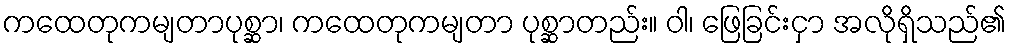
ကထေတုကမျတာပုစ္ဆာ၊ ကထေတုကမျတာ ပုစ္ဆာတည်း။ ဝါ၊ ဖြေခြင်းငှာ အလိုရှိသည်၏